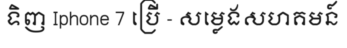
ទិញ Iphone 7 ប្រើ - សម្លេងសហគមន៍